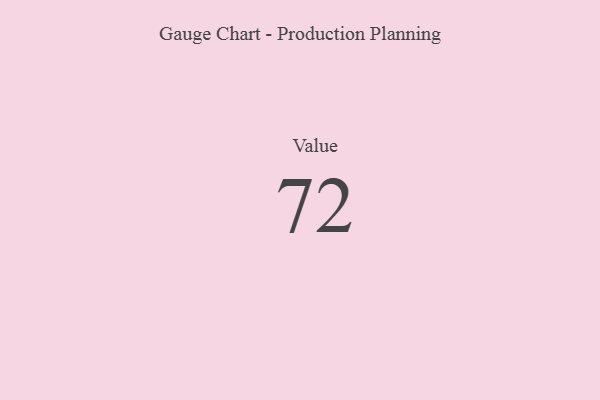
{"axis": {"x": "Metric", "y": "Value"}, "legend": [""], "data": [{"x": "Value", "y": 72, "type": ""}]}